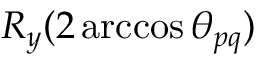
R _ { y } ( 2 \operatorname { a r c c o s } \theta _ { p q } )